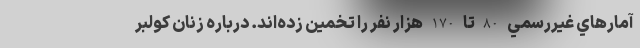
آمارهاي غيررسمي 80 تا 170 هزار نفر را تخمين زده‌اند. درباره زنان كولبر